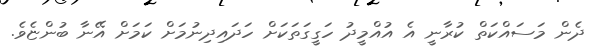
ދެން މަސައްކަތް ކުރާނީ އެ އުއްމީދު ހަގީގަތަކަށް ހަދައިދިނުމަށް ކަމަށް އޭނާ ބުންޏެވެ.